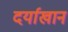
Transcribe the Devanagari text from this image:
दर्याखान